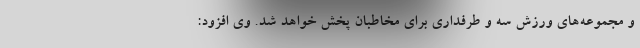
و مجموعه‌های ورزش سه و طرفداری برای مخاطبان پخش خواهد شد. وی افزود: